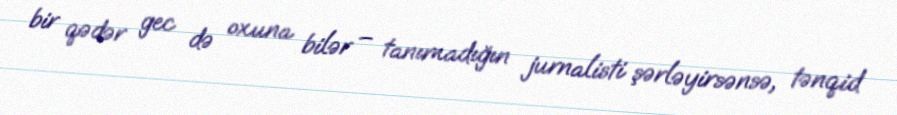
bir qədər gec də oxuna bilər – tanımadığın jurnalisti şərləyirsənsə, tənqid